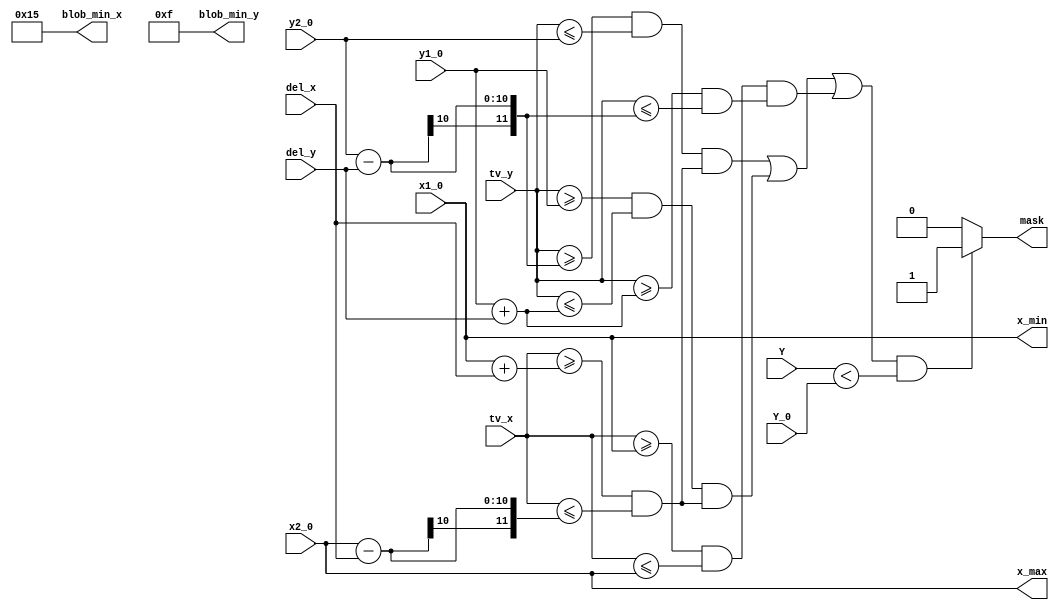
module MASK_2_2(
	input wire [7:0]Y,
	input wire [9:0]tv_x,
	input wire [9:0]tv_y,
	
	input wire [7:0]Y_0,	
	input wire [9:0]x1_0,
	input wire [9:0]y1_0,
	input wire [9:0]x2_0,
	input wire [9:0]y2_0,	
	input wire [9:0]del_x,
	input wire [9:0]del_y,		
	
	output reg mask,
	output wire [9:0]x_min,
	output wire [9:0]x_max,
	output reg [8:0]blob_min_x,	
	output reg [8:0]blob_min_y
	);

//reg [9:0]del_x = 110;//114 V33
//reg [9:0]del_y = 10;//14 V33

wire [10:0]y1_add_del_y;
wire [10:0]x1_add_del_x;
wire signed [11:0]y2_sub_del_y;
wire signed [11:0]x2_sub_del_x;

reg [7:0]Y_const;	
reg [9:0]x1;
reg [9:0]y1;
reg [9:0]x2;
reg [9:0]y2;

//reg [7:0]Y_0 = 64;	
//reg [9:0]x1_0 = 55;
//reg [9:0]y1_0 = 60;
//reg [9:0]x2_0 = 660;
//reg [9:0]y2_0 = 192;

//min_blob_xy
reg [8:0]blob_0_x = 21;	
reg [8:0]blob_0_y = 15;

assign	y1_add_del_y = y1 + del_y;
assign	x1_add_del_x = x1 + del_x;
assign	y2_sub_del_y = y2 - del_y;
assign	x2_sub_del_x = x2 - del_x;
assign	x_min = x1;
assign	x_max = x2;

always @(Y,tv_x,tv_y)
	begin
			Y_const = Y_0;	
			x1 = x1_0;
			y1 = y1_0;
			x2 = x2_0;
			y2 = y2_0;
			blob_min_x <= blob_0_x;	
			blob_min_y <= blob_0_y;
		
		if 			
			(((((tv_y >= y2_sub_del_y)&&(tv_y <= y2))&&
			((tv_x >= x1_add_del_x)&&(tv_x <= x2_sub_del_x)))||
			
			(((tv_y >= y1)&&(tv_y <= y1_add_del_y))&&
			((tv_x >= x1_add_del_x)&&(tv_x <= x2_sub_del_x)))||
			
			(((tv_x >= x1)&&(tv_x <= x2))&&
			((tv_y >= y1_add_del_y)&&(tv_y <= y2_sub_del_y))))&&
			
			(Y < Y_const) )
			
			mask = 1;	
		else
			mask = 0;		
	end 
endmodule